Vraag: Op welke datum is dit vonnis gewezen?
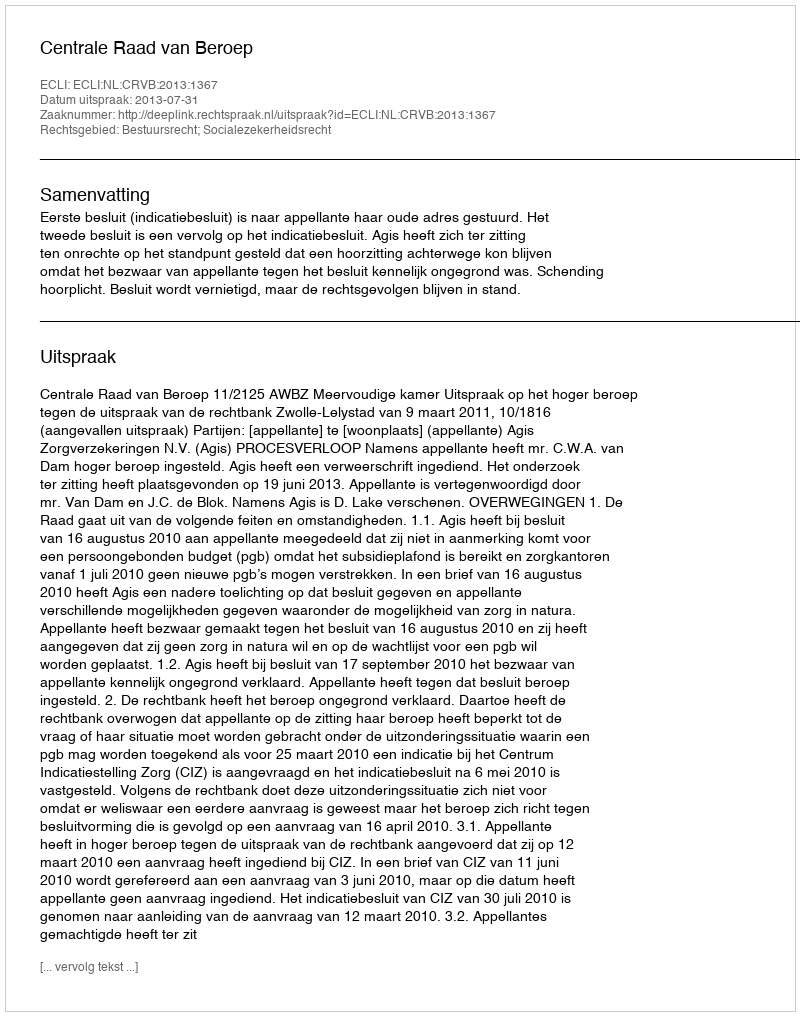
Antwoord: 2013-07-31